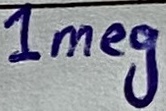
Text: 1meg